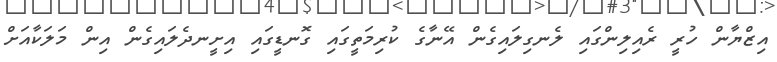
އިޒްޔާން ހުރީ ރެއިލިންގައި ލެނގިލައިގެން އޭނާގެ ކުރިމަތީގައި ގޮނޑީގައި އިށީނދެލައިގެން އިން މަލަކާއަށް